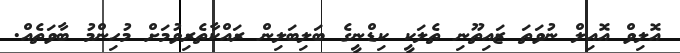
އޮލިވް އޮއިލް ނުވަތަ ޒައިތޫނި ތެލަކީ ކިޑްނީގެ ބަލިބަލިން ރައްކާތެރިވުމަށް މުހިންމު ބާވަތެއް.